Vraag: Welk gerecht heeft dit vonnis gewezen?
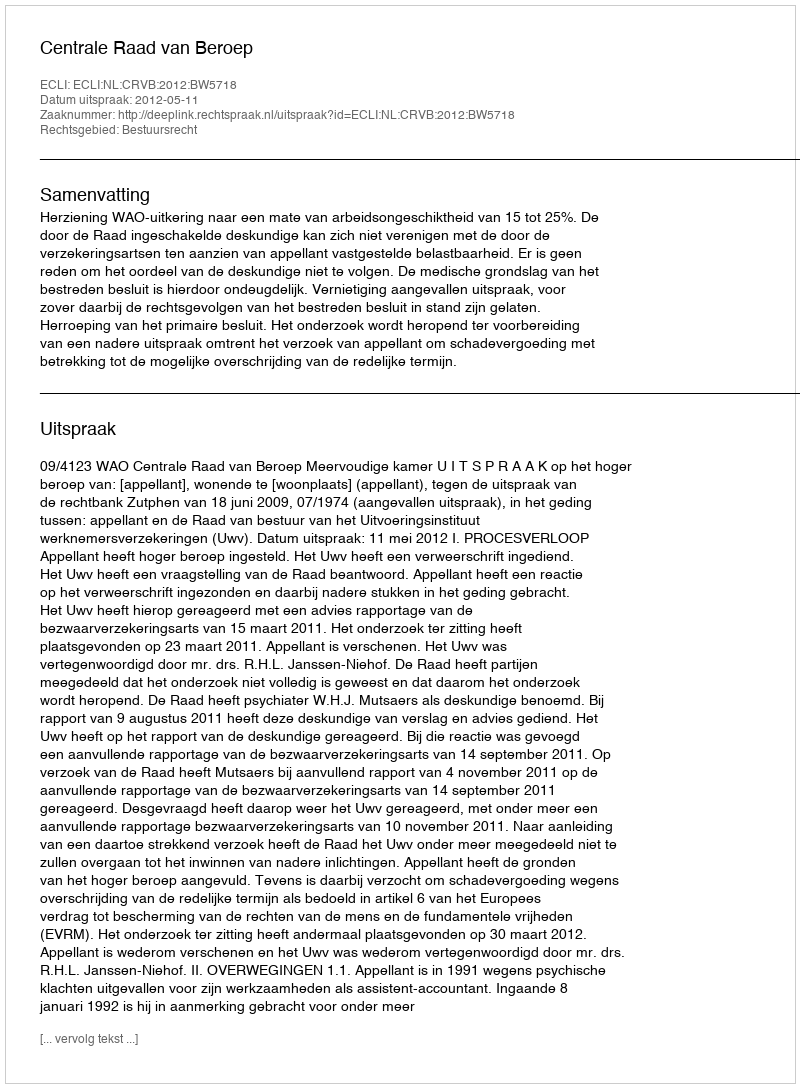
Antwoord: Centrale Raad van Beroep